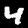
Digit: 4